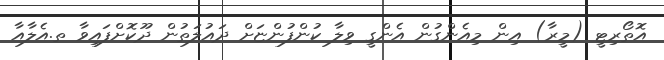
އޮތޯރިޓީ (މީރާ) އިން މިއެންގުން އެންގީ ވިލާ ކުންފުންޏަށް ދައުލަތުން ދޫކޮށްފައިވާ ތ.އެލާއާ